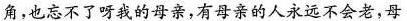
角，也忘不了呀我的母亲，有母亲的人永远不会老，母